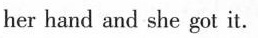
her hand and she got it.